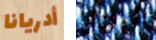
أدريانا الرجل